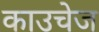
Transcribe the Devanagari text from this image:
काउचेज